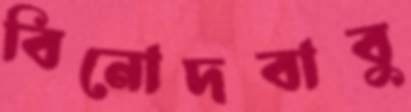
বিনোদবাবু